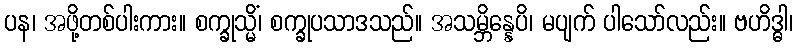
ပန၊ အဖို့တစ်ပါးကား။ စက္ခုသ္မိံ၊ စက္ခုပသာဒသည်။ အသမ္ဘိန္နေပိ၊ မပျက် ပါသော်လည်း။ ဗဟိဒ္ဓါ၊